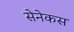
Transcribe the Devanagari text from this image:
सेनेकस